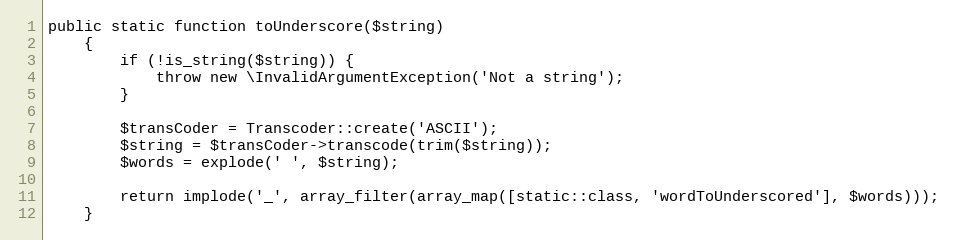
Language: PHP
public static function toUnderscore($string)
    {
        if (!is_string($string)) {
            throw new \InvalidArgumentException('Not a string');
        }

        $transCoder = Transcoder::create('ASCII');
        $string = $transCoder->transcode(trim($string));
        $words = explode(' ', $string);

        return implode('_', array_filter(array_map([static::class, 'wordToUnderscored'], $words)));
    }